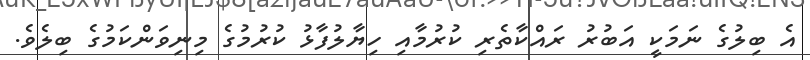
އެ ބިލުގެ ނަމަކީ އަބުރު ރައްކާތެރި ކުރުމާއި ހިޔާލުފާޅު ކުރުމުގެ މިނިވަންކަމުގެ ބިލެވެ.